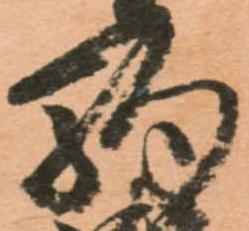
駒